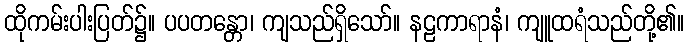
ထိုကမ်းပါးပြတ်၌။ ပပတန္တော၊ ကျသည်ရှိသော်။ နဠကာရာနံ၊ ကျူထရံသည်တို့၏။